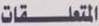
المتعلقات